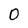
Character: 0